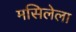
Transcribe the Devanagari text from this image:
मसिलेला